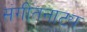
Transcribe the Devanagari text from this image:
संगीतनाट्य